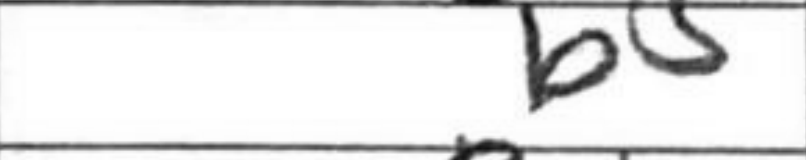
Transcription: b5